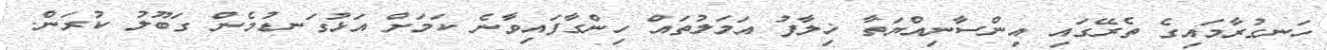
ހަނގުރާމައިގެ ތެރޭގައި އިންސާނިއްޔަތާ ޚިލާފު އަމަލުތައް ހިންގާފައިވާނެ ކަމަށް އަޅުގަނޑުމެން ގަބޫލު ކުރަން.